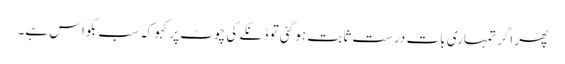
پھر اگر تمہاری بات درست ثابت ہو گئی تو ڈنکے کی چوٹ پر کہو کہ سب بکواس ہے۔